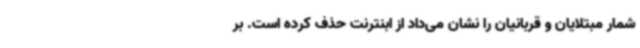
شمار مبتلایان و قربانیان را نشان می‌داد از ابنترنت حذف کرده است. بر